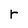
Character: r